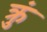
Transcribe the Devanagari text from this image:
क्रुं